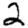
Digit: 2